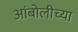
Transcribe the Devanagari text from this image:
आंबोलीच्या